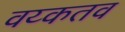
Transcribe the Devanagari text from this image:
वय्कतव